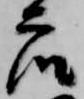
衆